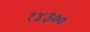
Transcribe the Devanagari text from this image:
१४३००